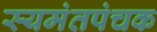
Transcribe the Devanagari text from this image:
स्यमंतपंचक